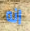
انه